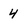
Character: 4